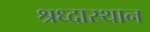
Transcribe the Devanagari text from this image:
श्रध्दास्थान